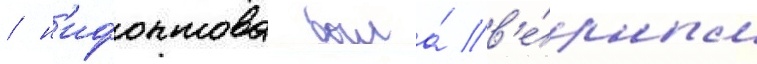
/ н'ифонтова была́ в'е́рным